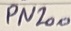
Text: PN200